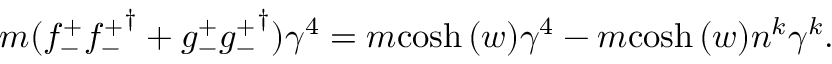
m ( { f _ { - } ^ { + } } { { f _ { - } ^ { + } } } ^ { \dagger } + { g _ { - } ^ { + } } { { g _ { - } ^ { + } } } ^ { \dagger } ) \gamma ^ { 4 } = m { \cosh { ( w ) } } \gamma ^ { 4 } - m { \cosh { ( w ) } } n ^ { k } \gamma ^ { k } .